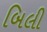
બિલી